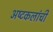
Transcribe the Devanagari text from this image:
अष्‍टकलांची